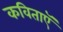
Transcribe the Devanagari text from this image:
कविताऍ